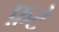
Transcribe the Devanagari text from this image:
फ़टे